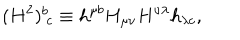
( H ^ { 2 } ) _ { ~ c } ^ { b } \equiv h ^ { \mu b } H _ { \mu \nu } H ^ { \nu \lambda } h _ { \lambda c } ,